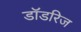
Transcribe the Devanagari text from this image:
डॉडरिज